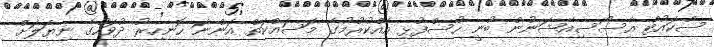
ސްކައުޓް އެސޯސިއޭޝަނުން ބުނީ ހުސްފުޅި އެއްކުރުމުގެ މަސައްކަތް އަންނަ ހޮނިހިރު ދުވަހުގެ ނިޔަލަށް